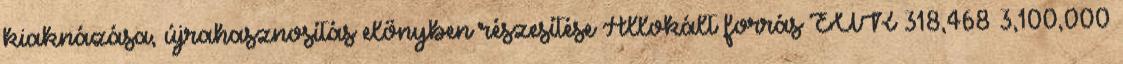
kiaknázása, újrahasznosítás előnyben részesítése Allokált forrás EUR 318,468 3,100,000